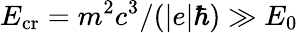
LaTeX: E_{\mathrm{cr}}=m^{2}c^{3}/(|e|\hbar)\gg E_{0}